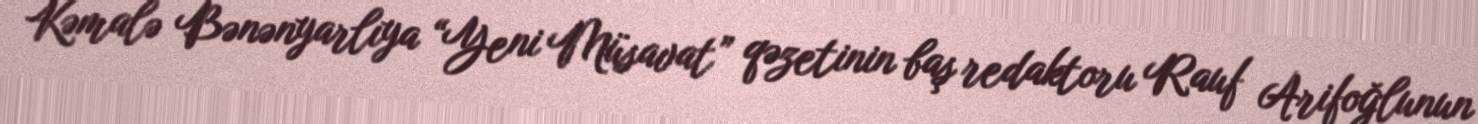
Kəmalə Bənənyarlıya “Yeni Müsavat” qəzetinin baş redaktoru Rauf Arifoğlunun